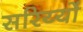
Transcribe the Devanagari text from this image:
सरिय्यों